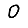
Digit: 0